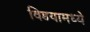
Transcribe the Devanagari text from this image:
विडयामध्ये